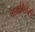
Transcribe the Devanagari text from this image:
गमविलेली